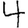
Digit: 4